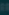
Transcribe